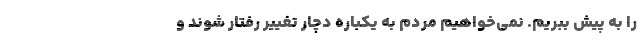
را به پیش ببریم. نمی‌خواهیم مردم به یکباره دچار تغییر رفتار شوند و